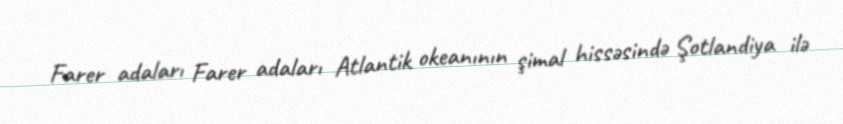
Farer adaları Farer adaları Atlantik okeanının şimal hissəsində Şotlandiya ilə